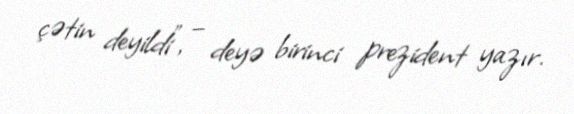
çətin deyildi”, – deyə birinci prezident yazır.